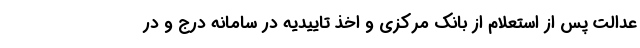
عدالت پس از استعلام از بانک مرکزی و اخذ تاییدیه در سامانه درج و در